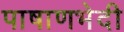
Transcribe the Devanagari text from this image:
पाषाणभेदी